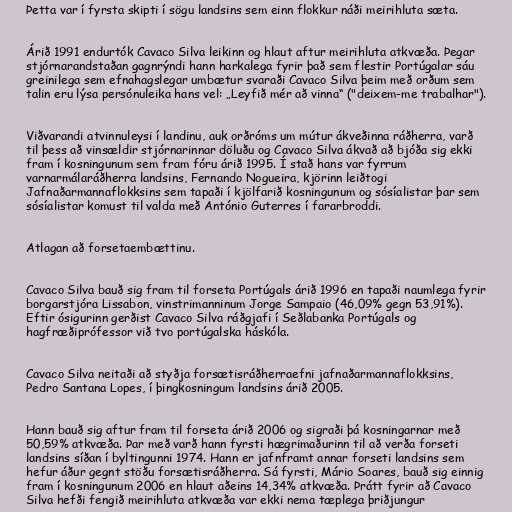
Þetta var í fyrsta skipti í sögu landsins sem einn flokkur náði meirihluta sæta.

Árið 1991 endurtók Cavaco Silva leikinn og hlaut aftur meirihluta atkvæða. Þegar
stjórnarandstaðan gagnrýndi hann harkalega fyrir það sem flestir Portúgalar sáu
greinilega sem efnahagslegar umbætur svaraði Cavaco Silva þeim með orðum sem
talin eru lýsa persónuleika hans vel: „Leyfið mér að vinna“ ("deixem-me trabalhar").

Viðvarandi atvinnuleysi í landinu, auk orðróms um mútur ákveðinna ráðherra, varð
til þess að vinsældir stjórnarinnar döluðu og Cavaco Silva ákvað að bjóða sig ekki
fram í kosningunum sem fram fóru árið 1995. Í stað hans var fyrrum
varnarmálaráðherra landsins, Fernando Nogueira, kjörinn leiðtogi
Jafnaðarmannaflokksins sem tapaði í kjölfarið kosningunum og sósíalistar þar sem
sósíalistar komust til valda með António Guterres í fararbroddi.

Atlagan að forsetaembættinu.

Cavaco Silva bauð sig fram til forseta Portúgals árið 1996 en tapaði naumlega fyrir
borgarstjóra Lissabon, vinstrimanninum Jorge Sampaio (46,09% gegn 53,91%).
Eftir ósigurinn gerðist Cavaco Silva ráðgjafi í Seðlabanka Portúgals og
hagfræðiprófessor við tvo portúgalska háskóla.

Cavaco Silva neitaði að styðja forsætisráðherraefni jafnaðarmannaflokksins,
Pedro Santana Lopes, í þingkosningum landsins árið 2005.

Hann bauð sig aftur fram til forseta árið 2006 og sigraði þá kosningarnar með
50,59% atkvæða. Þar með varð hann fyrsti hægrimaðurinn til að verða forseti
landsins síðan í byltingunni 1974. Hann er jafnframt annar forseti landsins sem
hefur áður gegnt stöðu forsætisráðherra. Sá fyrsti, Mário Soares, bauð sig einnig
fram í kosningunum 2006 en hlaut aðeins 14,34% atkvæða. Þrátt fyrir að Cavaco
Silva hefði fengið meirihluta atkvæða var ekki nema tæplega þriðjungur